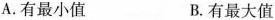
A.有最小值 B.有最大值